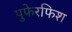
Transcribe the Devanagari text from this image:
पुफेरफिश